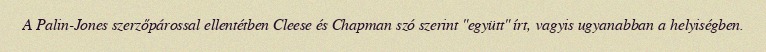
A Palin-Jones szerzőpárossal ellentétben Cleese és Chapman szó szerint "együtt" írt, vagyis ugyanabban a helyiségben.